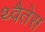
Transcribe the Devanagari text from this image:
थ्वैतेस